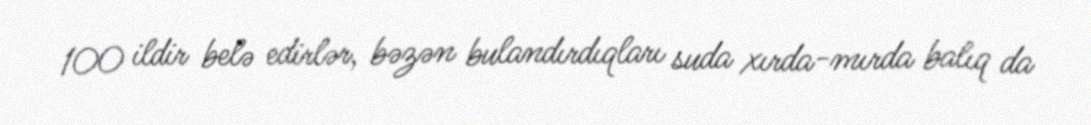
100 ildir belə edirlər, bəzən bulandırdıqları suda xırda-mırda balıq da